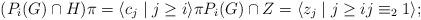
LaTeX: \begin{align*} (P_i(G) \cap H)\pi = \langle c_j \mid j \ge i \rangle \pi P_i(G) \cap Z = \langle z_j \mid j \ge i j \equiv_2 1 \rangle; \end{align*}